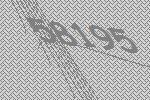
58195